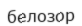
белозор